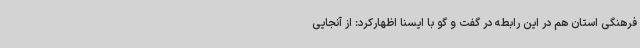
فرهنگی استان هم در این رابطه در گفت و گو با ایسنا اظهارکرد: از آنجایی